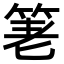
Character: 𥭯